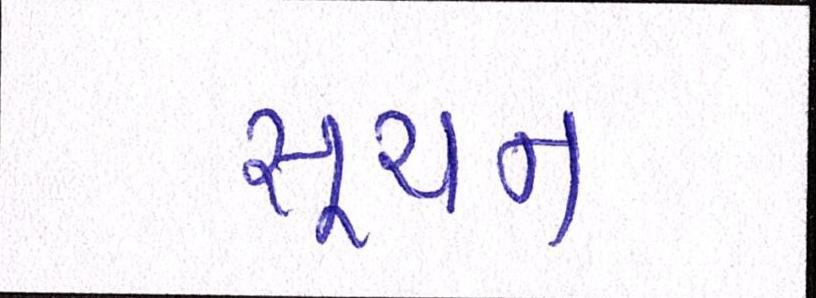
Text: સૂચન